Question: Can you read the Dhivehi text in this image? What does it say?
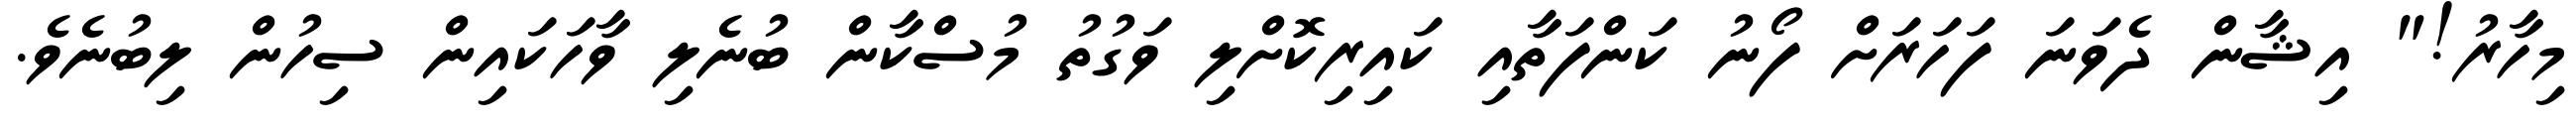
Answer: މިހާރު!" އިޝާން ދެވަނަ ފަހަރަށް ފޯނު ކަންފަތާއި ކައިރިކޮށްލި ވަގުތު މުސްކާން ބުނެލި ވާހަކައިން ސިހުން ލިބުނެވެ.